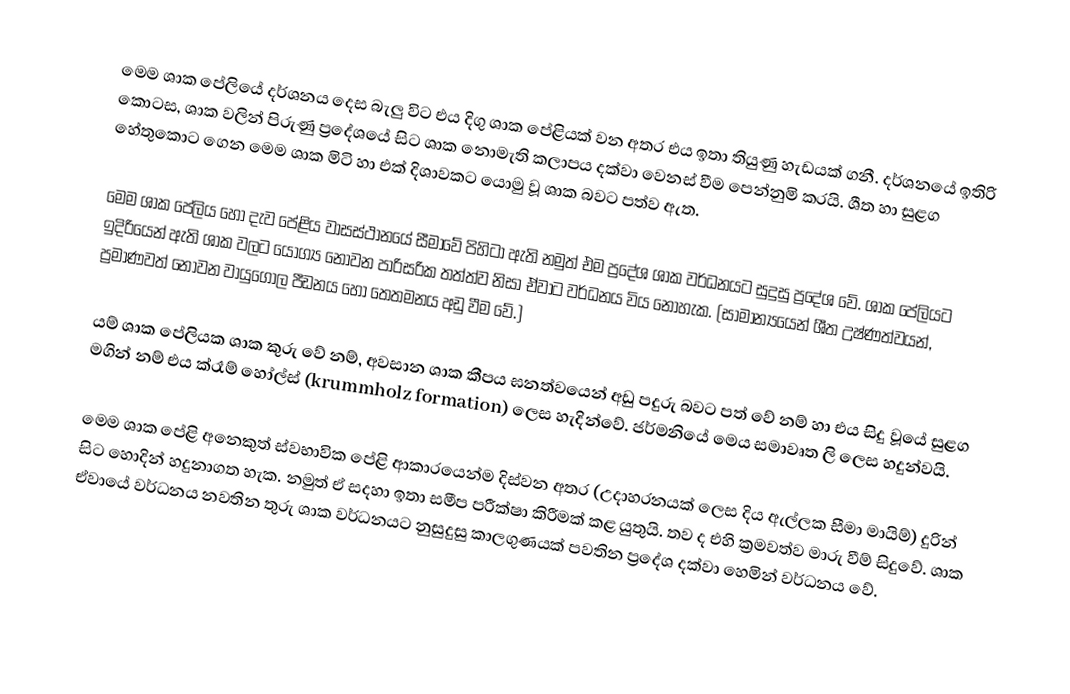
මෙම ශාක පේලියේ දර්ශනය දෙස බැලු විට එය දිගු ශාක පේළියක් වන අතර එය ඉතා තියුණු හැඩයක් ගනී. දර්ශනයේ ඉතිරි කොටස, ශාක වලින් පිරුණු ප්‍රදේශයේ සිට ශාක නොමැති කලාපය දක්වා වෙනස් වීම පෙන්නුමි කරයි. ශීත හා සුළග හේතුකොට ගෙන මෙම ශාක මිටි හා එක් දිශාවකට යොමු වූ ශාක බවට පත්ව ඇත.

මෙම ශාක පේලිය හෝ දැව පේළිය වාසස්ථානයේ සීමාවේ පිහිටා ඇති නමුත් එම ප්‍රදේශ ශාක වර්ධනයට සුදුසු ප්‍රදේශ වේ. ශාක පේලියට ඉදිරියෙන් ඇති ශාක වලට යෝග්‍ය නොවන පාරිසරික තත්ත්ව නිසා ඒවාට වර්ධනය විය නොහැක. (සාමාන්‍යයෙන් ශීත උෂ්ණත්වයන්, ප්‍රමාණවත් නොවන වායුගෝල පීඩනය හෝ තෙතමනය අඩු වීම වේ.)

යම් ශාක පේලියක ශාක කුරු වේ නම්, අවසාන ශාක කීපය ඝනත්වයෙන් අඩු පදුරු බවට පත් වේ නම් හා එය සිදු වූයේ සුළග මගින් නම් එය ක්රෑම් හෝල්ස් (krummholz formation) ලෙස හැදින්වේ. ජර්මනියේ මෙය සමාවෘත ලි ලෙස හදුන්වයි.

මෙම ශාක පේළි අනෙකුත් ස්වභාවික පේළි ආකාරයෙන්ම දිස්වන අතර (උදාහරනයක් ලෙස දිය ඇල්ලක සීමා මායිම්) දුරින් සිට හොදින් හදුනාගත හැක. නමුත් ඒ සදහා ඉතා සමීප පරීක්ෂා කිරීමක් කළ යුතුයි. තව ද එහි ක්‍රමවත්ව මාරු වීම් සිදුවේ. ශාක ඒවායේ වර්ධනය නවතින තුරු ශාක වර්ධනයට නුසුදුසු කාලගුණයක් පවතින ප්‍රදේශ දක්වා හෙමින් වර්ධනය වේ.